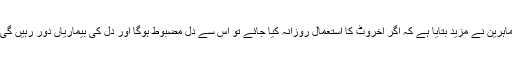
ماہرین نے مزید بتایا ہے کہ اگر اخروٹ کا استعمال روزانہ کیا جائے تو اس سے دل مضبوط ہوگا اور دل کی بیماریاں دور رہیں گی۔